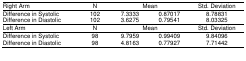
| Right Arm | N | <COLSPAN=2> Mean | Std. Deviation |
 | --- | --- | --- | --- | --- |
 | Difference in Systolic | 102 | 7.3333 | 0.87017 | 8.78831 |
 | Difference in Diastolic | 102 | 3.6275 | 0.79541 | 8.03325 |
 | Left Arm | N | <COLSPAN=2> Mean | Std. Deviation |
 | Difference in Systolic | 98 | 9.7959 | 0.99409 | 9.84096 |
 | Difference in Diastolic | 98 | 4.8163 | 0.77927 | 7.71442 |